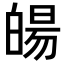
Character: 𤾉